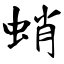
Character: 蛸